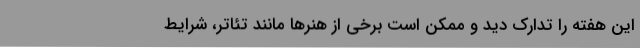
این هفته را تدارک دید و ممکن است برخی از هنرها مانند تئاتر، شرایط